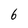
Character: 6